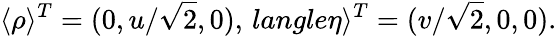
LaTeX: \langle\rho\rangle^{T}=(0,u/\sqrt{2},0),\, langle\eta\rangle^{T}=(v/\sqrt{2},0,0).